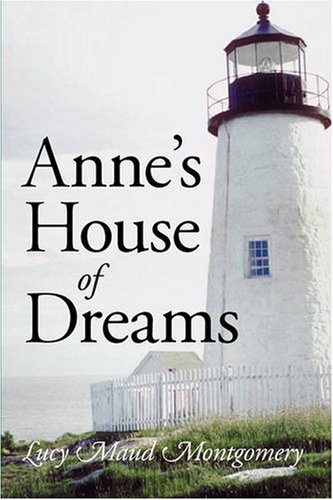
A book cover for Anne's House of Dreams, Large-Print Edition; Lucy Maud Montgomery; Children's Books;